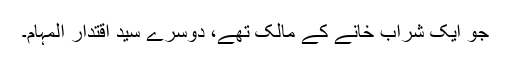
جو ایک شراب خانے کے مالک تھے، دوسرے سیّد اقتدار المہام۔